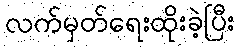
လက်မှတ်ရေးထိုးခဲ့ပြီး